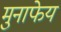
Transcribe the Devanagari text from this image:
मुनाफेय